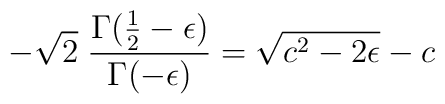
- \sqrt{2}\;\frac{\Gamma(\frac{1}{2}-\epsilon)}{\Gamma (-\epsilon)} =\sqrt{c^{2}-2\epsilon} - c